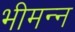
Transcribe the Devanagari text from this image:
भीमन्‍न